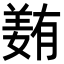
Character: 𡡭